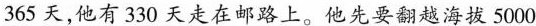
365天，他有330天走在邮路上。他先要翻越海拔5000